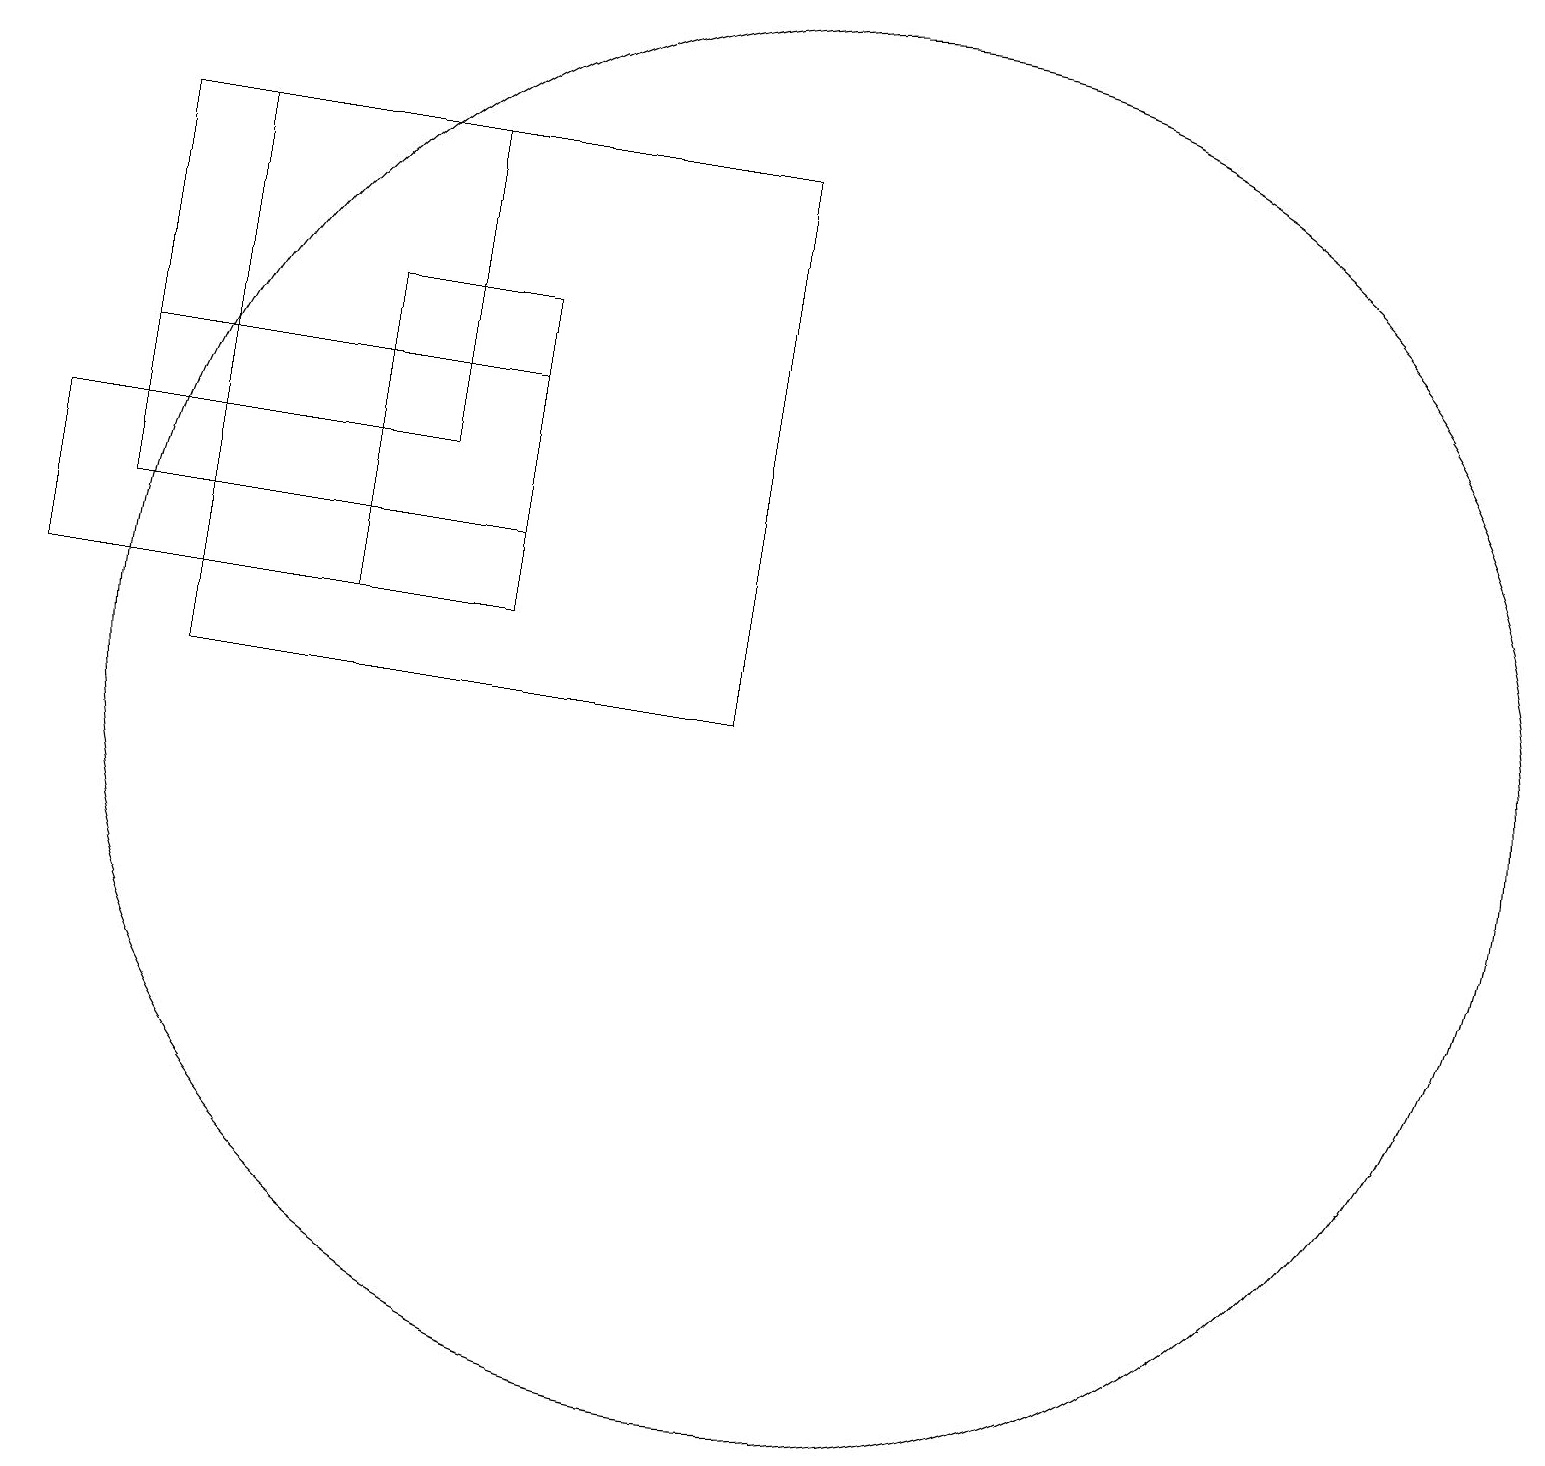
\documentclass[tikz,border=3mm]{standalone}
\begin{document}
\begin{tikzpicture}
\draw (9,10) rectangle (2,17);
\draw (6,15) rectangle (4,11);
\draw (10,10) circle (9);
\draw (1,12) rectangle (6,14);
\draw (0,13) rectangle (4,11);
\draw (1,17) rectangle (5,13);
\draw (11,10) circle (0);
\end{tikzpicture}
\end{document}